Civil Veterinary Department. Central Provinces & Berar 1925-31 - 1925-1931
Year: 1925
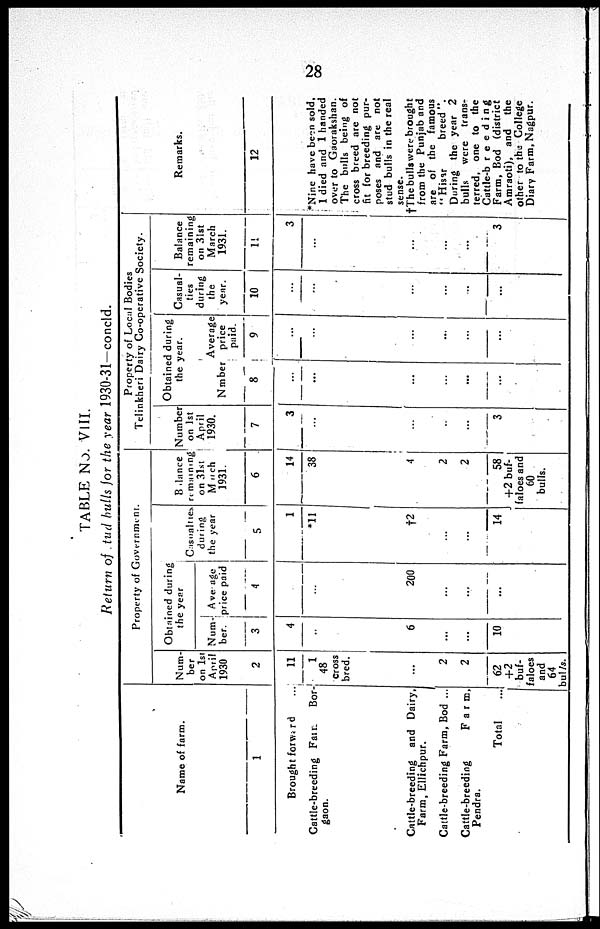
28
TABLE No. VIII.
Return of tud bulls for the year 1930-31—concld.
Name of farm.
1
Brought forward ...
Cattle-breeding Farm
Bor-
gaon.
Cattle-breeding
and Dairy,
Farm, Ellichpur.
Cattle-breeding Farm, Bod ...
Cattle-breeding
Farm,
Pendra.
Total
Property of Government.
Num-
ber
on 1st
April
1930
2
11
1
48
Cross
bred.
...
2
2
62
+2
buf-
Faloes
and
64
bulls.
Obtained during
the year
Num-
ber.
3
4
...
6
...
...
10
Average
price paid
4
...
200
...
...
...
Casualties
during
the year
5
1
*11
†2
...
...
14
Balance
remaining
on 31st
March
1931.
6
14
38
4
2
2
58
+2 buf-
faloes and
60
bulls.
Property of Local Bodies
Telinkheri Dairy Co-operative Society.
Number
on 1st
April
1930.
7
3
...
...
...
...
3
Obtained during
the year.
Nmber
8
...
...
...
...
...
...
Average
price
paid.
9
...
...
...
...
...
...
Casual-
ties
during
the
year.
10
...
...
...
...
...
...
Balance
remaining
on 31st
March
1931.
11
3
...
...
...
...
3
Remarks.
12
*Nine have been sold.
1 died and 1 handed
over to Gaorakshan.
The bulls being of
cross breed are not
fit for breeding pur-
poses and are not
stud bulls in the real
sense.
†The bulls were brought
from the Punjab and
are of the famous
"Hisar
breed".
During the year 2
bulls
were
trans-
ferred, one to the
Cattle-breeding
Farm, Bod (district
Amraoti), and
the
other to the College
Diary Farm, Nagpur.